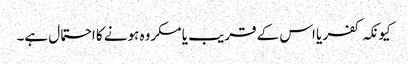
کیونکہ کفر یا اس کے قریب یا مکروہ ہونے کا احتمال ہے۔